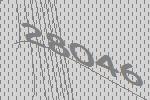
28046